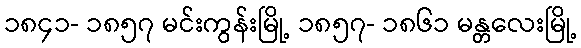
၁၈၄၁- ၁၈၅၇ မင်းကွန်းမြို့ ၁၈၅၇- ၁၈၆၁ မန္တလေးမြို့